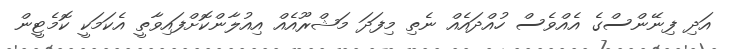
އަދި ފިނޭންސްގެ އެއްވެސް ހުއްދައެއް ނެތި މިފަދަ މަޝްރޫއެއް އިއުލާންކޮށްފައިވާތީ އެކަމަކީ ކޮމެޓީން